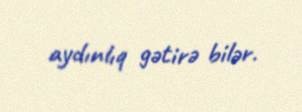
aydınlıq gətirə bilər.